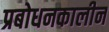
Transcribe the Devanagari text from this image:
प्रबोधनकालीन